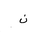
Letter: _non